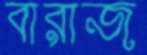
বারাজ